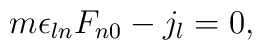
m\epsilon_{ln}F_{n0} - j_l = 0,